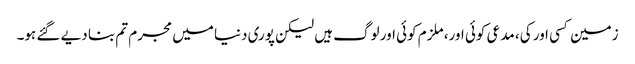
زمین کسی اور کی، مدعی کوئی اور، ملزم کوئی اور لوگ ہیں لیکن پوری دنیا میں مجرم تم بنا دیے گئے ہو۔